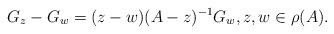
LaTeX: \begin{align*} G_z-G_w=(z-w)(A-z)^{-1}G_w,z,w\in\rho(A).\end{align*}